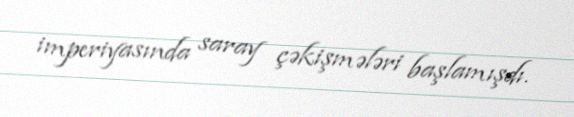
imperiyasında saray çəkişmələri başlamışdı.